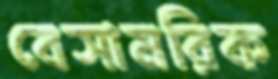
বেসামরিক